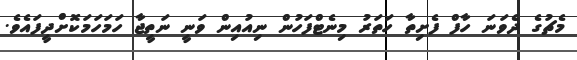
މެޗުގެ ދެވަނަ ހާފް ފެށިތާ ހަތަރު މިނެޓްފަހުން ނިއުއިން ވަނީ ނަތީޖާ ހަމަހަމަކޮށްދީފައެވެ.